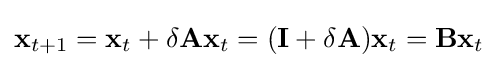
\mathbf {x} _{t+1}=\mathbf {x} _{t}+\delta \mathbf {A} \mathbf {x} _{t}=(\mathbf {I} +\delta \mathbf {A} )\mathbf {x} _{t}=\mathbf {B} \mathbf {x} _{t}